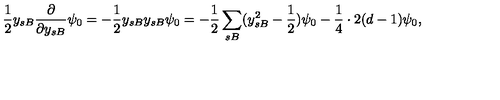
\frac { 1 } { 2 } y _ { s B } \frac { \partial } { \partial y _ { s B } } \psi _ { 0 } = - \frac { 1 } { 2 } y _ { s B } y _ { s B } \psi _ { 0 } = - \frac { 1 } { 2 } \sum _ { s B } ( y _ { s B } ^ { 2 } - \frac { 1 } { 2 } ) \psi _ { 0 } - \frac { 1 } { 4 } \cdot 2 ( d - 1 ) \psi _ { 0 } ,